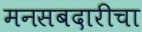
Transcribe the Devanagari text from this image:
मनसबदारीचा